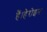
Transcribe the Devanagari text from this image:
हैं।हेरोइन